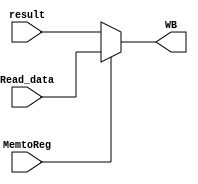
`timescale 1ns / 1ps
//////////////////////////////////////////////////////////////////////////////////
// Company: 
// Engineer: 
// 
// Design Name: 
// Module Name: Mux4
// Project Name: 
// Target Devices: 
// Tool Versions: 
// Description: 
// 
// Dependencies: 
// 
// Revision:
// Revision 0.01 - File Created
// Additional Comments:
// 
//////////////////////////////////////////////////////////////////////////////////


module Mux4(input MemtoReg,input [31:0] Read_data,input [31:0] result,output reg [31:0] WB);
always@(Read_data or result)begin
if(MemtoReg == 1'b1) WB <= Read_data;
else WB <= result;
end
endmodule